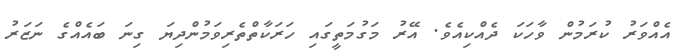
އެއްވަރު ކުރަމުން ވާހަކަ ދެއްކިއެވެ. އޭރު މަގުމަތީގައި ހަރަކާތްތެރިވަމުންދިޔަ ގިނަ ބައެއްގެ ނަޒަރު